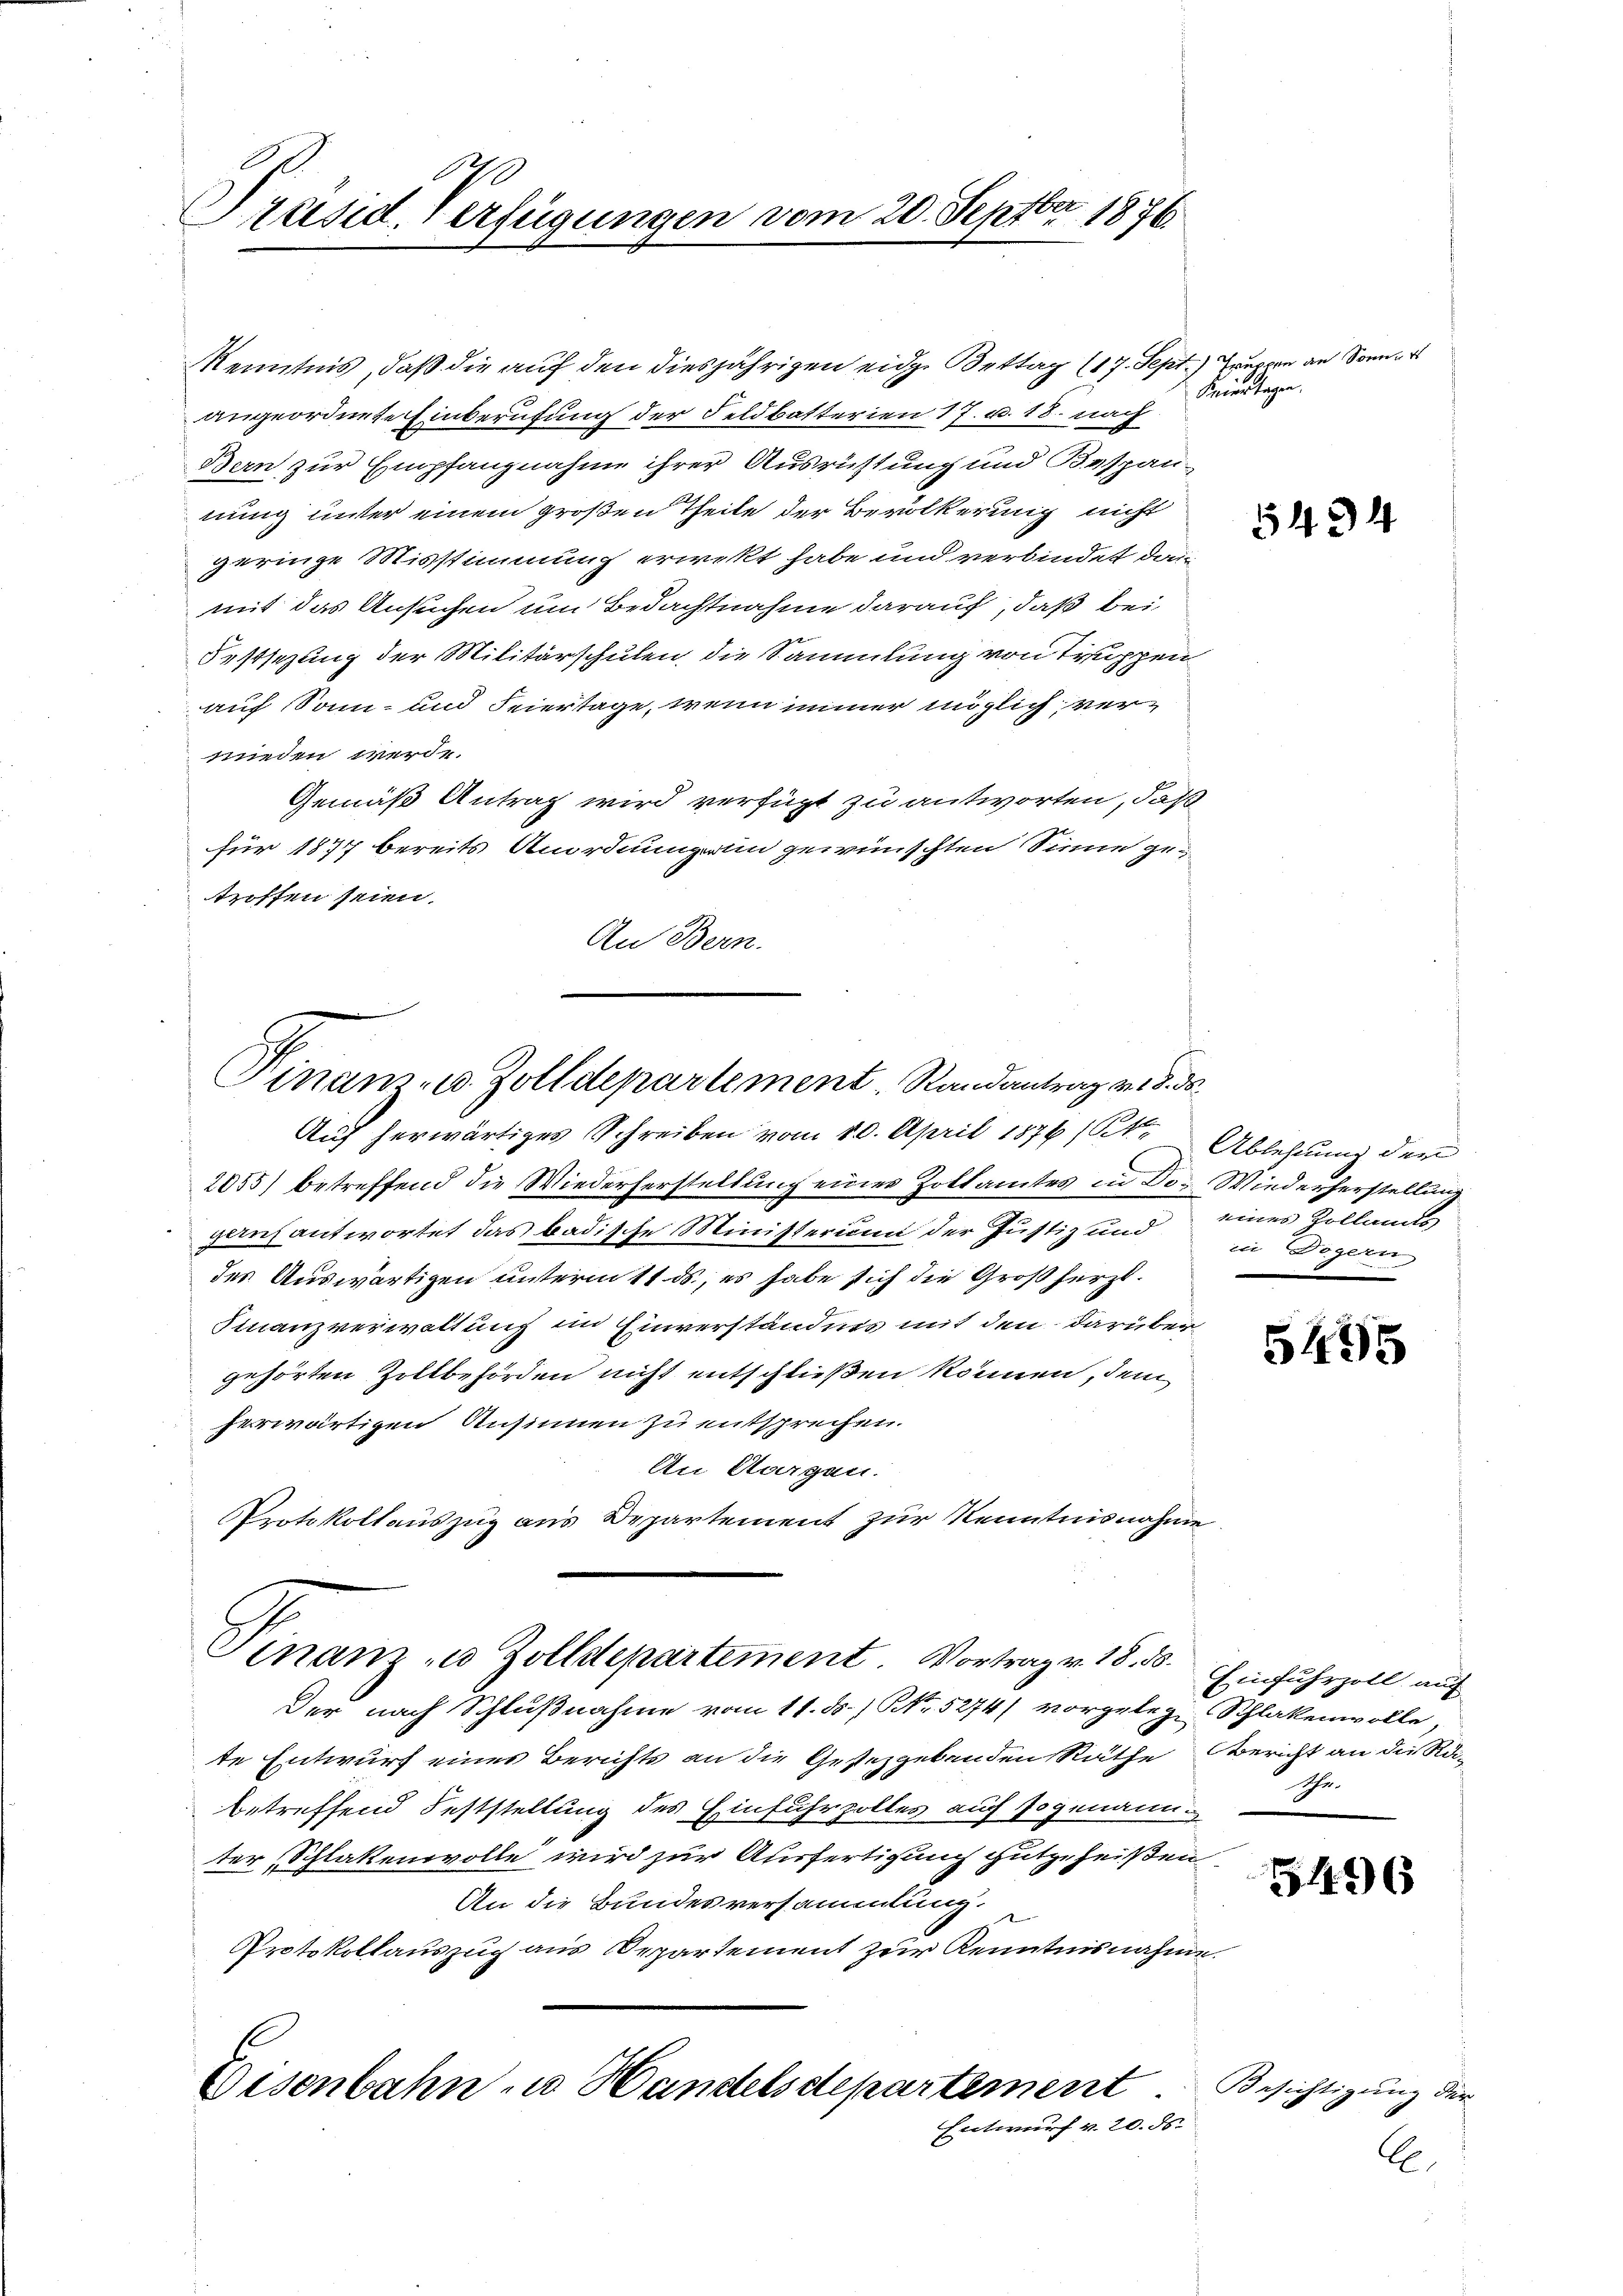
1
Präsid. Verfügungen vom 20. Sept. 1876

Kenntnis, daß die auf den diesjährigen eidge Bettag (17. Sept.) Gruppen an Sonner
angeordnete Einberufung der Feldbatterien 17. u. 18. nach
Bern zur Empfangnahme ihrer Ausrüstung und Bespan-
nung unter einem großen Theile der Bevölkerung nicht
geringe Misstimmung erwekt habe und verbindet darmit das Ansuchen um Bedachtnahme darauf, daß bei
Festsezung der Militärschulen, die Sammlung von Truppen
auf Sonn- und Feiertage, wenn immer möglich verwieden werde.
Gemäß Antrag wird verfügt zu antworten, daß
für 1877 bereits Anordnung ein gewünschten Sinne getroffen seien.
An Bern.
Auf herwärtiges Schreiben vom 10. April 1876 (St. Ablehnung der
2055) betreffend die Wiederherstellung eines Zollamtes in Do- Wiederherstellung
ganfantwortet das badische Ministerium der Justiz und eines Zollands
des Auswärtigen unterm 11. ds., es habe sich die Großherzl.
Finanzverwaltung im Einverständnis mit den darüber
gehörten Zollbehörden nicht entschließen können, dem
herwärtigen Ansinnen zu entsprechen.
An Aargau.
Protokollauszug aus Departement zur Kenntnisnahme
Finanz zu Zolldepartement. Vortrag v. 18. 50. Einfuhrzoll auf
Der nach Schlußnahme vom 11. ds. / NNo. 5274/ vorgelege Schlakenwolle,
te Entwurf eines Berichts an die Gesezgebenden Räthe Bericht an die Rä-
betreffend Feststellung des Einfuhrzolles auch sogenann
ter Schlatenwolle wird zur Ausfertigung gutgeheißen.
An die Bundesversammlung.
b
Protokollauszug aus Departement zur Kenntnisnahme.
Eisenbahn u Handelsdepartement. Besichtigung der
Entwurf v. 20. ds.

Vinanz- u. Zolldepartement Randantrag v. d. d.

Keiertagen.

5434

in Degern

5495

Ehe.

5496

E